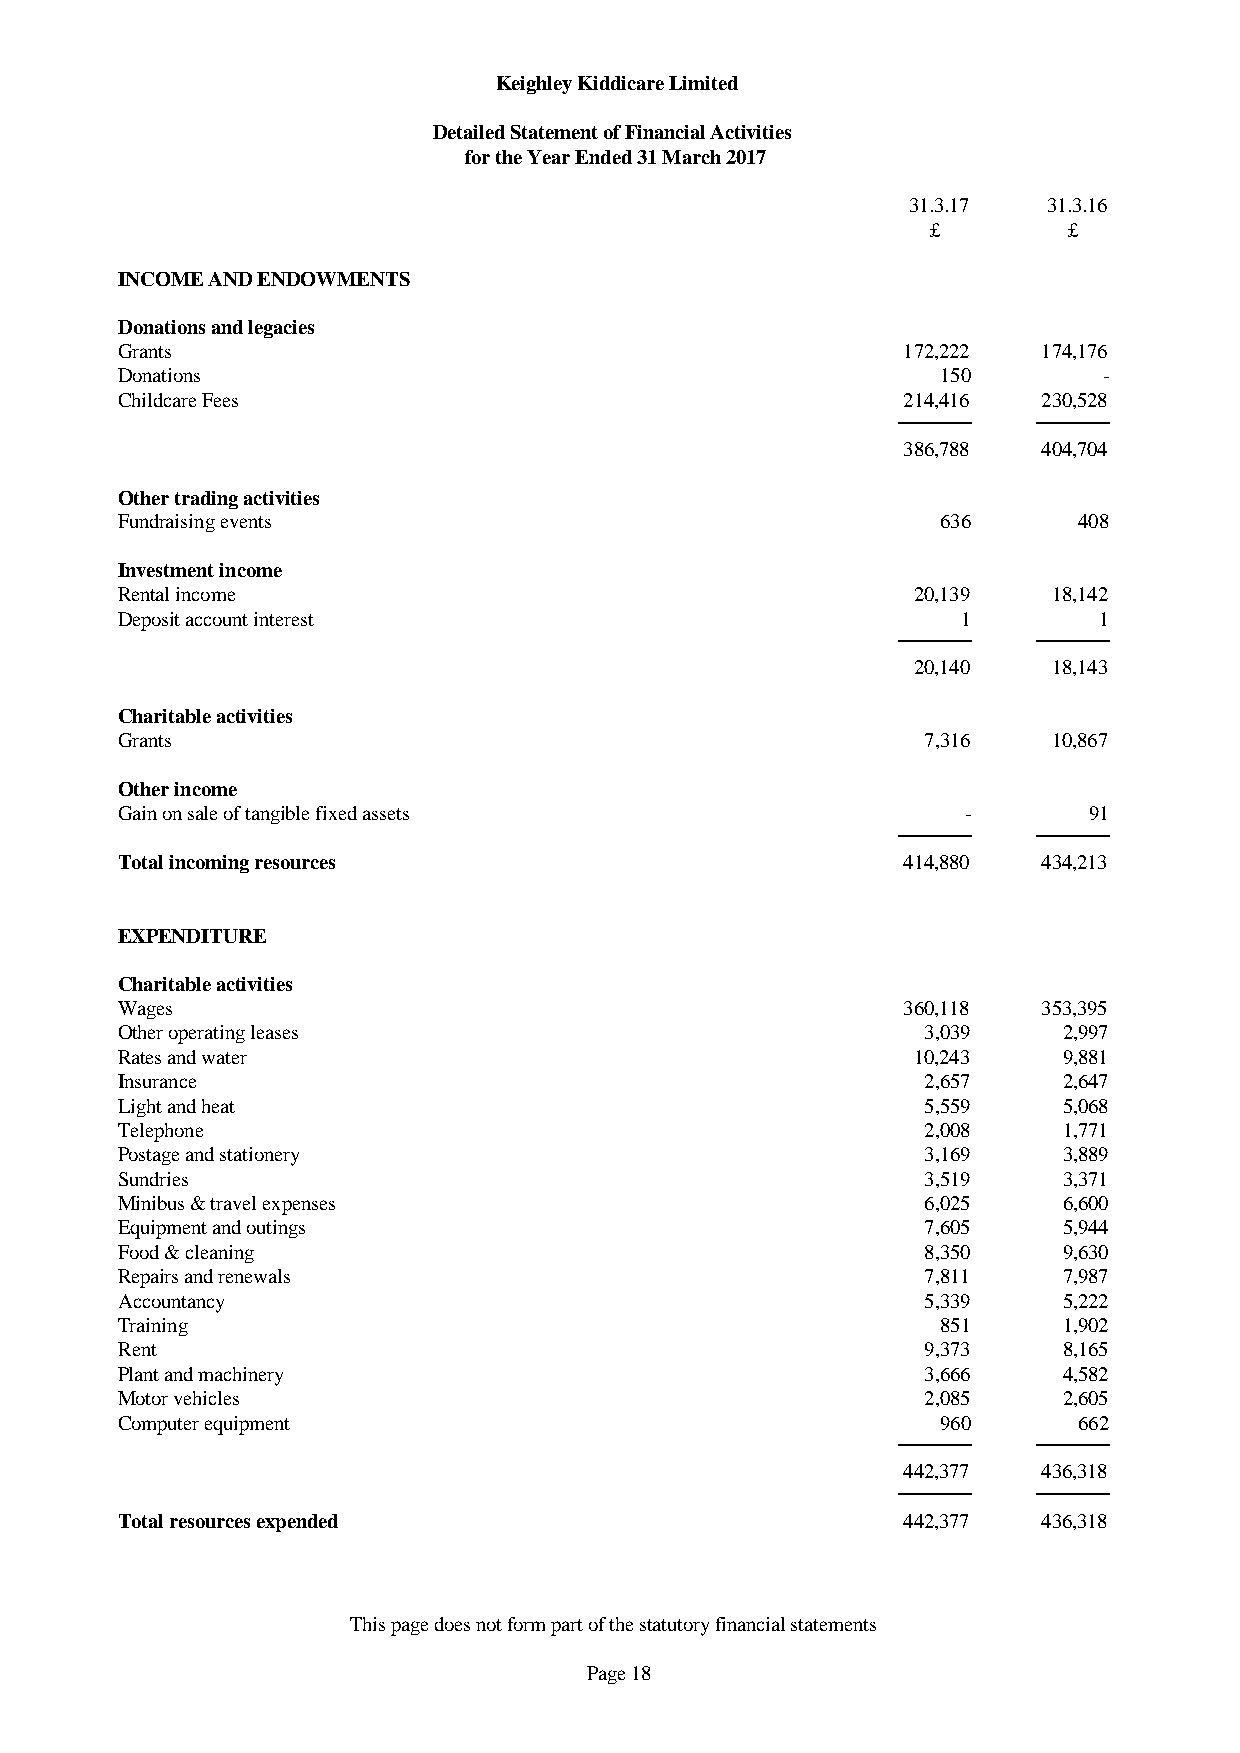
Keighley Kiddicare Limited
 Detailed Statement of Financial Activities
 for the Year Ended 31 March 2017
 31.3.17  31.3.16
 £        £
 INCOME AND ENDOWMENTS
 Donations and legacies
 Grants                                              172,222  174,176
 Donations                                             150        -
 Childcare Fees                                      214,416  230,528
 386,788  404,704
 Other trading activities
 Fundraising events                                    636      408
 Investment income
 Rental income                                       20,139    18,142
 Deposit account interest                                1        1
 20,140    18,143
 Charitable activities
 Grants                                               7,316    10,867
 Other income
 Gain on sale of tangible fixed assets                   -       91
 Total incoming resources                            414,880  434,213
 EXPENDITURE
 Charitable activities
 Wages                                               360,118  353,395
 Other operating leases                               3,039    2,997
 Rates and water                                     10,243    9,881
 Insurance                                            2,657    2,647
 Light and heat                                       5,559    5,068
 Telephone                                            2,008    1,771
 Postage and stationery                               3,169    3,889
 Sundries                                             3,519    3,371
 Minibus & travel expenses                            6,025    6,600
 Equipment and outings                                7,605    5,944
 Food & cleaning                                      8,350    9,630
 Repairs and renewals                                 7,811    7,987
 Accountancy                                          5,339    5,222
 Training                                              851     1,902
 Rent                                                 9,373    8,165
 Plant and machinery                                  3,666    4,582
 Motor vehicles                                       2,085    2,605
 Computer equipment                                    960      662
 442,377  436,318
 Total resources expended                            442,377  436,318
 This page does not form part of the statutory financial statements
 Page 18